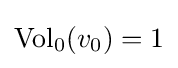
\operatorname {Vol} _{0}(v_{0})=1